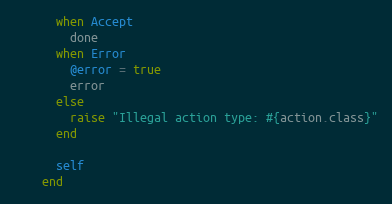
Language: Ruby
      when Accept
        done
      when Error
        @error = true
        error
      else
        raise "Illegal action type: #{action.class}"
      end

      self
    end